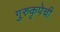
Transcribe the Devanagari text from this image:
गुरुकृपेची